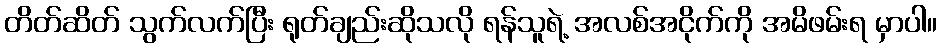
တိတ်ဆိတ် သွက်လက်ပြီး ရုတ်ချည်းဆိုသလို ရန်သူရဲ့ အလစ်အငိုက်ကို အမိဖမ်းရ မှာပါ။